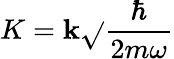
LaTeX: {K=\mathbf{k}\sqrt{}{{\frac{{\hbar}}{{2m\omega}}}}}